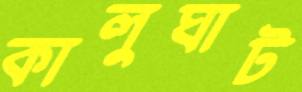
কালুঘাট